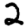
Digit: 2